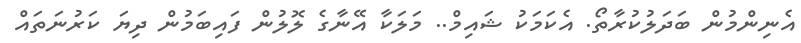
އެނިންމުން ބަދަލުކުރާތޯ. އެކަމަކު ޝައިމް.. މަލަކާ އޭނާގެ ލޮލުން ފައިބަމުން ދިޔަ ކަރުނަތައް